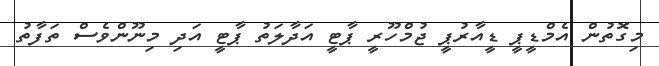
މިގޮތުން އެމްޑީޕީ ޑީއާރުޕީ ޖުމްހޫރީ ޕާޓީ އަދާލަތު ޕާޓީ އަދި މިނޫންވެސް ތަފާތު